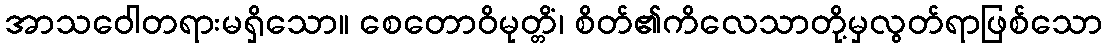
အာသဝေါတရားမရှိသော။ စေတောဝိမုတ္တိံ၊ စိတ်၏ကိလေသာတို့မှလွတ်ရာဖြစ်သော